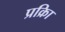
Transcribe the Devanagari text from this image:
प्रक्रिा